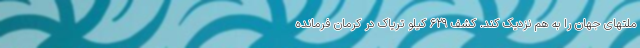
ملتهای جهان را به هم نزدیک کند. کشف ۶۲۹ کیلو تریاک در کرمان فرمانده